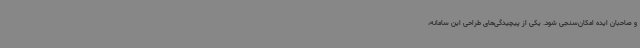
و صاحبان ایده امکان‌سنجی شود. یکی از پیچیدگی‌های طراحی این سامانه،